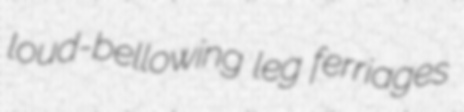
loud-bellowing leg ferriages